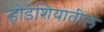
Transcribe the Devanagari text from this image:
र्‍होडेशियातील